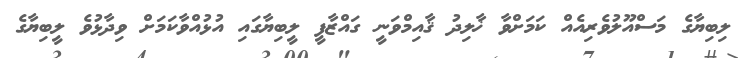
ލިބިޔާގެ މަސްއޫލުވެރިއެއް ކަމަށްވާ ޚާލިދު ޤާއިމްވަނީ ގައްޒާފީ ލީބިޔާގައި އުޅުއްވާކަމަށް ވިދާޅުވެ ލީބިޔާގެ